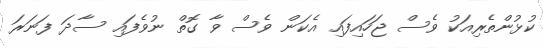
ކުޅުންތެރިއަކު ވެސް ޖަހައިފައި އެކަން ވެސް ވާ ގޮތް ނުވެފައި ސާދަ ފަނަރަ